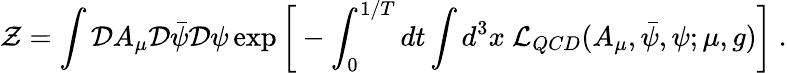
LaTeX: {\cal Z}=\int{\cal D}A_{\mu}{\cal D}\bar{\psi}{\cal D}\psi\exp\bigg[-\int_{0}^{1/T}dt\int d^{3}x~{\cal L}_{QCD}(A_{\mu},\bar{\psi},\psi;\mu,g)\bigg]\ .